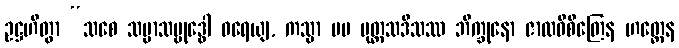
ဥဋ္ဌဟိတွာ “သစေ သမ္မာသမ္ဗုဒ္ဓေါ ဓရေယျ, ကသ္မာ မမ ပုတ္တသဒိသဿ ဘိက္ခုနော ဇာလဝိစိတြေန ဟတ္ထေန